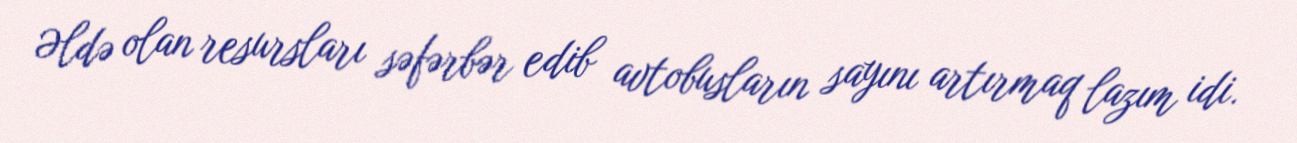
Əldə olan resursları səfərbər edib avtobusların sayını artırmaq lazım idi.